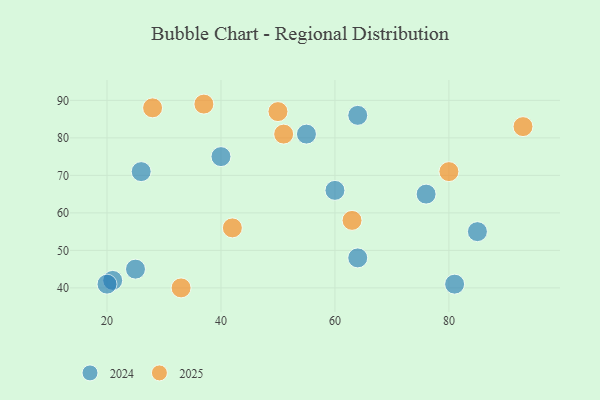
{"axis": {"x": "GDP", "y": "Life Expectancy"}, "legend": ["2024", "2025"], "data": [{"x": "25", "y": 45, "type": "2024"}, {"x": "64", "y": 86, "type": "2024"}, {"x": "85", "y": 55, "type": "2024"}, {"x": "21", "y": 42, "type": "2024"}, {"x": "60", "y": 66, "type": "2024"}, {"x": "26", "y": 71, "type": "2024"}, {"x": "55", "y": 81, "type": "2024"}, {"x": "40", "y": 75, "type": "2024"}, {"x": "76", "y": 65, "type": "2024"}, {"x": "81", "y": 41, "type": "2024"}, {"x": "64", "y": 48, "type": "2024"}, {"x": "20", "y": 41, "type": "2024"}, {"x": "28", "y": 88, "type": "2025"}, {"x": "93", "y": 83, "type": "2025"}, {"x": "37", "y": 89, "type": "2025"}, {"x": "80", "y": 71, "type": "2025"}, {"x": "63", "y": 58, "type": "2025"}, {"x": "51", "y": 81, "type": "2025"}, {"x": "50", "y": 87, "type": "2025"}, {"x": "33", "y": 40, "type": "2025"}, {"x": "42", "y": 56, "type": "2025"}]}